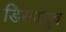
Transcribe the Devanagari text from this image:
डिसअप्रूव